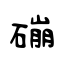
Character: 磞